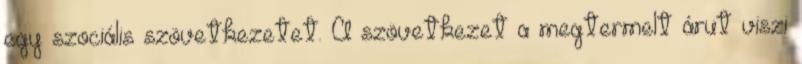
egy szociális szövetkezetet. A szövetkezet a megtermelt árut viszi